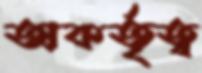
অকর্তৃত্ব